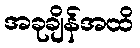
အခုချိန်အထိ